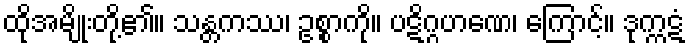
ထိုအမျိုးတို့၏။ သန္တကဿ၊ ဥစ္စာကို။ ပဋိဂ္ဂဟဏေ၊ ကြောင့်။ ဒုက္ကဋံ